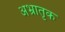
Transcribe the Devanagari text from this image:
अभ्रातृक